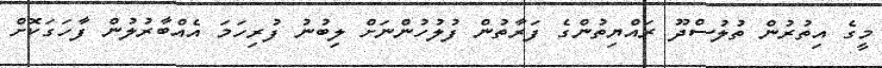
މީގެ އިތުރުން ތުލުސްދޫ ރައްޔިތުންގެ ފަރާތުން ފުލުހުންނަށް ލިބުނު ފުރިހަމަ އެއްބާރުލުން ފާހަގަކޮށް